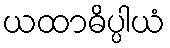
ယထာဓိပ္ပါယံ